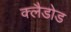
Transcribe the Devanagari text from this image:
क्लैडोड